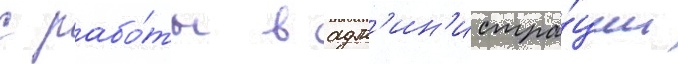
с рабо́ты в адм'ин'истра́ции